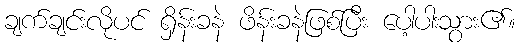
ချက်ချင်းလိုပင် ရှိန်းခနဲ ဖိန်းခနဲဖြစ်ပြီး ပေါ့ပါးသွား၏။